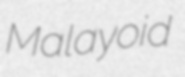
Malayoid